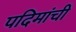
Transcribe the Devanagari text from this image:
पदिमांची